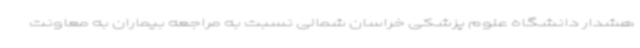
هشدار دانشگاه علوم پزشکی خراسان شمالی نسبت به مراجعه بیماران به معاونت